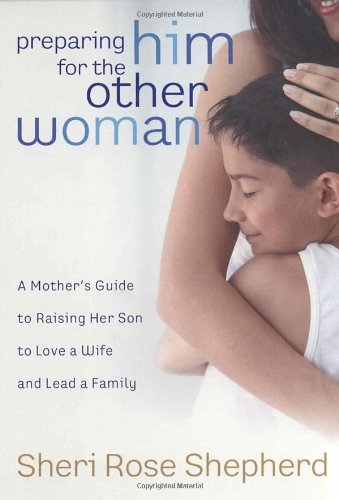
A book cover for Preparing Him for the Other Woman: A Mother's Guide to Raising Her Son to Love a Wife and Lead a Family; Sheri Rose Shepherd; Parenting & Relationships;